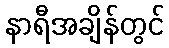
နာရီအချိန်တွင်